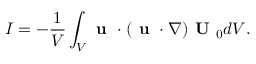
I = - \frac { 1 } { V } \int _ { V } \textbf { u } \cdot ( \textbf { u } \cdot \nabla ) \textbf { U } _ { 0 } d V .